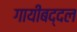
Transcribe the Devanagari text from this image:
गायीबद्दल